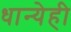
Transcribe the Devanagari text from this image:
धान्येही